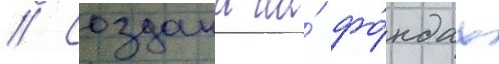
// Создана на́ фо́ндах